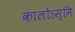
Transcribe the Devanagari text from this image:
कालोऽस्मि